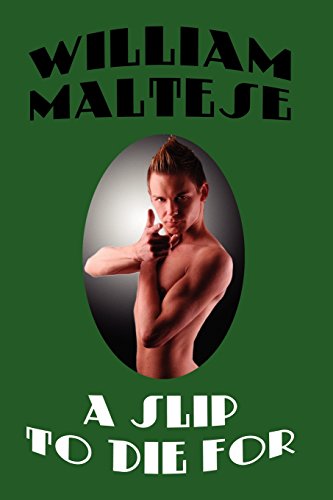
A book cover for A Slip to Die For; William Maltese; Romance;